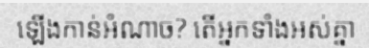
ឡើងកាន់អំណាច? តើអ្នកទាំងអស់គ្នា